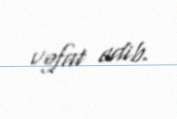
vəfat edib.